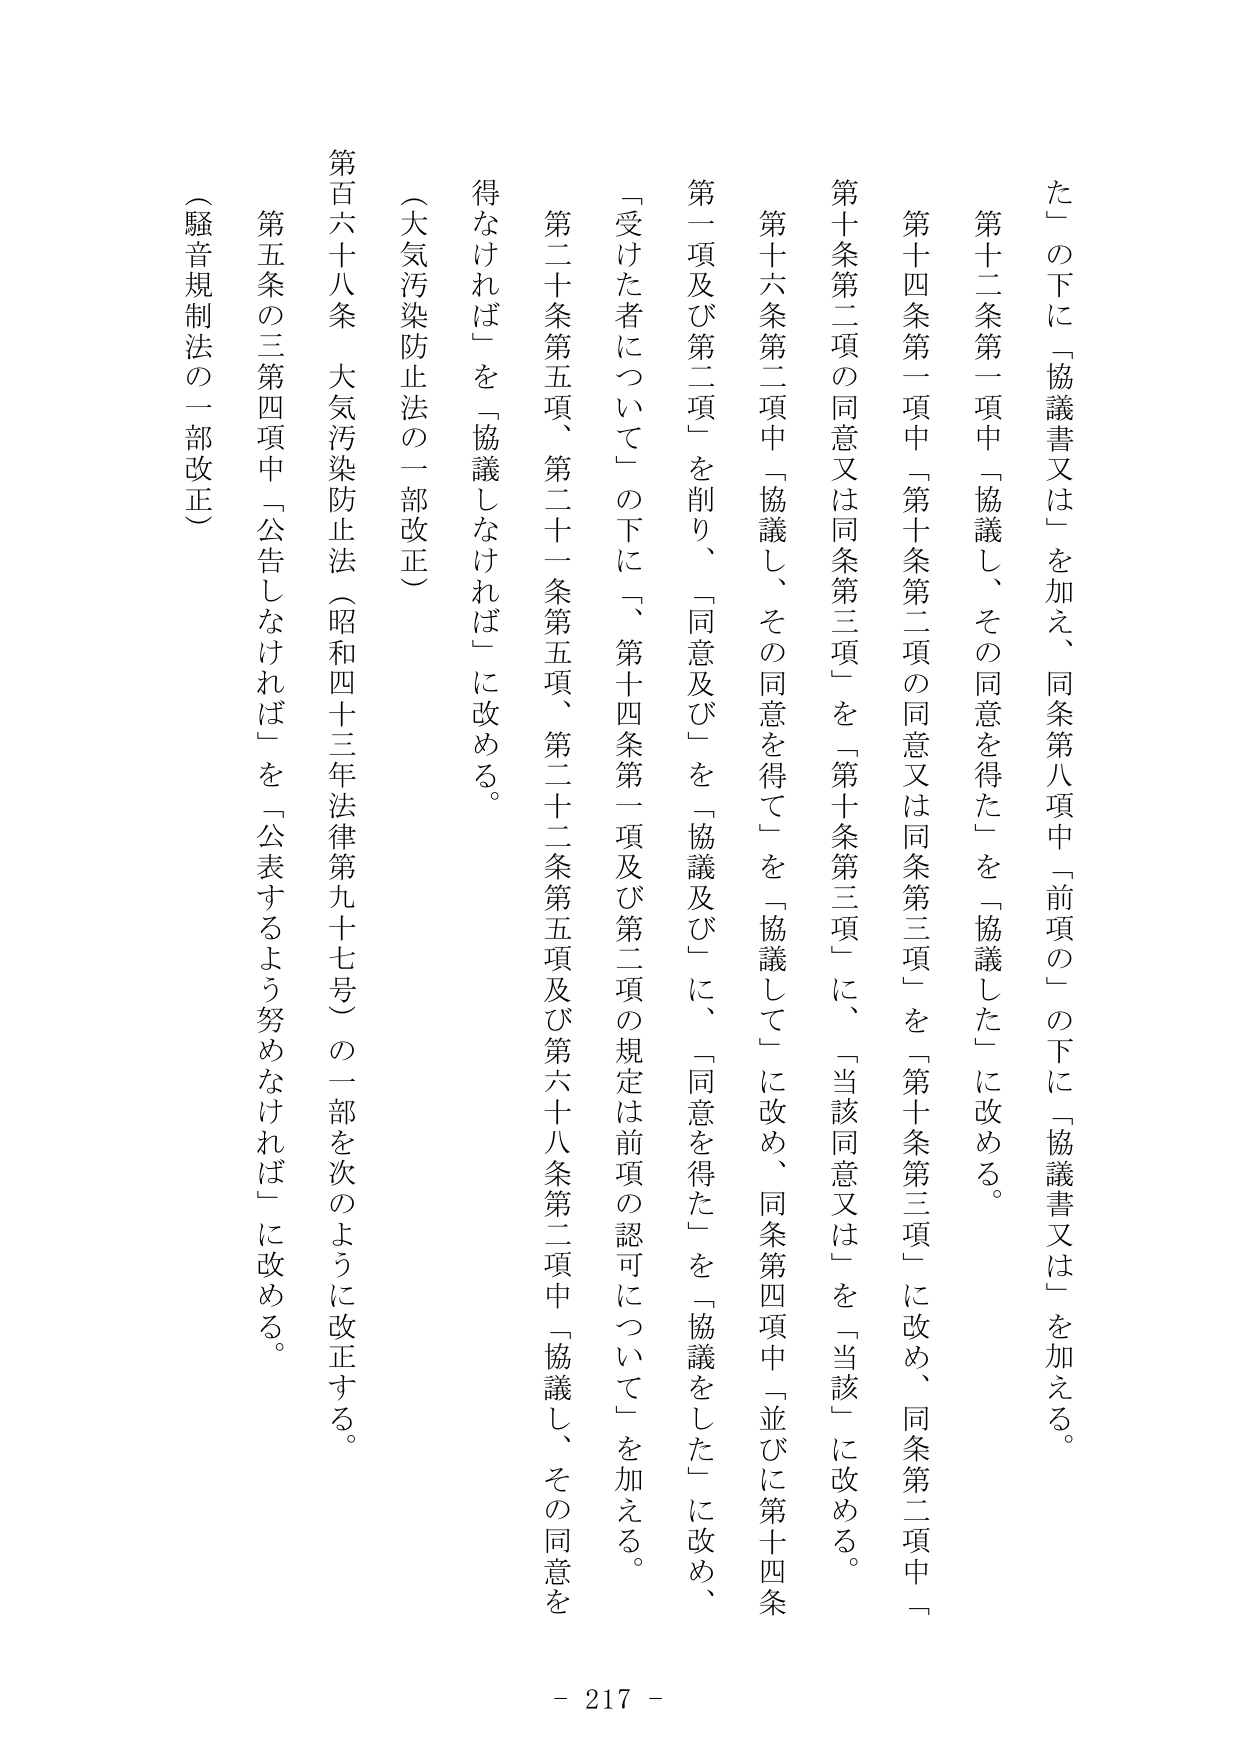
た」の下に「協議書又は」を加え、同条第八項中「前項の」の下に「協議書又は」を加える。

第十二条第一項中「協議し、その同意を得た」を「協議した」に改める。

第十四条第一項中「第十条第二項の同意又は同条第三項」を「第十条第三項」に改め、同条第二項中「第十条第二項の同意又は同条第三項」を「第十条第三項」に、「当該同意又は」を「当該」に改める。

第十六条第二項中「協議し、その同意を得て」を「協議して」に改め、同条第四項中「並びに第十四条第一項及び第二項」を削り、「同意及び」を「協議及び」に、「同意を得た」を「協議をした」に改め、「受けた者について」の下に「、第十四条第一項及び第二項の規定は前項の認可について」を加える。

第二十条第五項、第二十一条第五項、第二十二条第五項及び第六十八条第二項中「協議し、その同意を得なければ」を「協議しなければ」に改める。

（大気汚染防止法の一部改正）

第百六十八条　大気汚染防止法（昭和四十三年法律第九十七号）の一部を次のように改正する。

第五条の三第四項中「公告しなければ」を「公表するよう努めなければ」に改める。

（騒音規制法の一部改正）

- 217 -